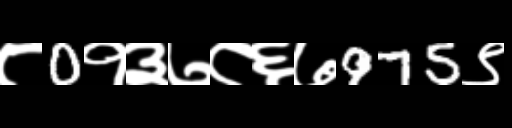
Text: ८0१३७८६७975९